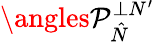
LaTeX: \angles{\mathcal{P}}_{\hat{N}}^{\perp N^{\prime}}